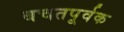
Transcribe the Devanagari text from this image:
बचतपूर्वक